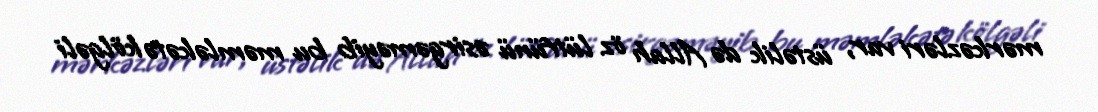
mərkəzləri var, üstəlik də Allah öz lütfünü əsirgəməyib bu məmləkətə kölgəli